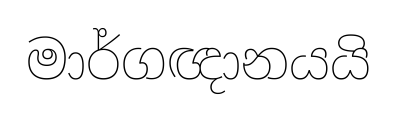
මාර්ගඥානයයි